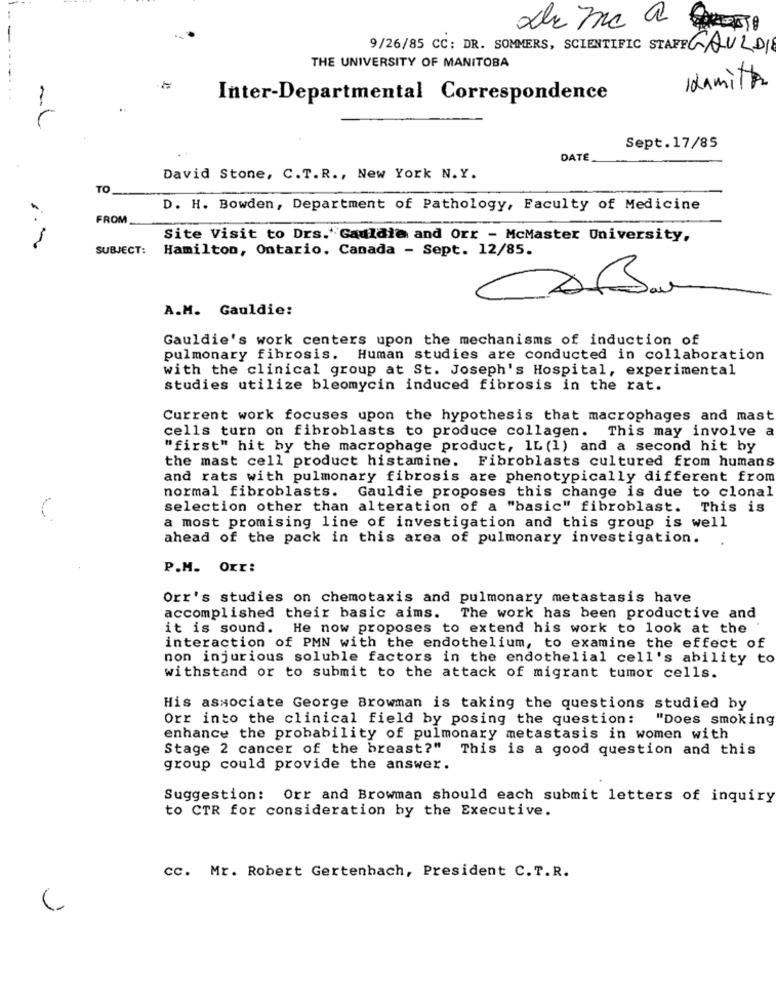
9/26/85 CC: DR. SOMMERS, SCIENTIFIC STAFFGAULDIE
THE UNIVERSITY OF MANITOBA
Idamitthe
Inter-Departmental Correspondence
Sept.17/85
DATE
David Stone, C.T.R ., New York N.Y.
TO
D. H. Bowden, Department of Pathology, Faculty of Medicine
FROM
Site Visit to Drs .* Gauldia and Orr - McMaster University,
SUBJECT:
Hamilton, Ontario, Canada - Sept. 12/85.
A.M. Gauldie:
Gauldie's work centers upon the mechanisms of induction of
pulmonary fibrosis. Human studies are conducted in collaboration
with the clinical group at St. Joseph's Hospital, experimental
studies utilize bleomycin induced fibrosis in the rat.
Current work focuses upon the hypothesis that macrophages and mast
cells turn on fibroblasts to produce collagen. This may involve a
"first" hit by the macrophage product, IL (1) and a second hit by
the mast cell product histamine. Fibroblasts cultured from humans
and rats with pulmonary fibrosis are phenotypically different from
normal fibroblasts. Gauldie proposes this change is due to clonal
selection other than alteration of a "basic" fibroblast. This is
a most promising line of investigation and this group is well
ahead of the pack in this area of pulmonary investigation.
P.M. Oxr:
Orr's studies on chemotaxis and pulmonary metastasis have
accomplished their basic aims.
The work has been productive and
it is sound. He now proposes to extend his work to look at the
interaction of PMN with the endothelium, to examine the effect of
non injurious soluble factors in the endothelial cell's ability to
withstand or to submit to the attack of migrant tumor cells.
His associate George Browman is taking the questions studied by
Orr into the clinical field by posing the question:
"Does smoking
enhance the probability of pulmonary metastasis in women with
Stage 2 cancer of the breast?" This is a good question and this
group could provide the answer.
Suggestion: Orr and Browman should each submit letters of inquiry
to CTR for consideration by the Executive.
cc. Mr. Robert Gertenhach, President C.T.R.